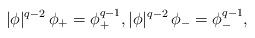
LaTeX: \begin{align*}|\phi|^{q-2}\,\phi_+=\phi_+^{q-1},|\phi|^{q-2}\,\phi_-=\phi_-^{q-1},\end{align*}